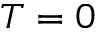
T = 0